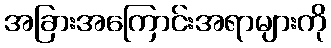
အခြားအကြောင်းအရာများကို